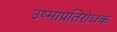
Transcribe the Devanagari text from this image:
उष्माप्रतिरोधक